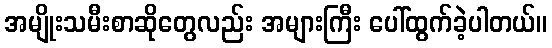
အမျိုးသမီးစာဆိုတွေလည်း အများကြီး ပေါ်ထွက်ခဲ့ပါတယ်။